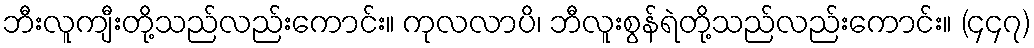
ဘီးလူကျီးတို့သည်လည်းကောင်း။ ကုလလာပိ၊ ဘီလူးစွန်ရဲတို့သည်လည်းကောင်း။ (၄၄၇)